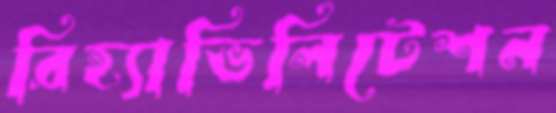
রিহ্যাভিলিটেশন